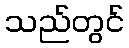
သည်တွင်